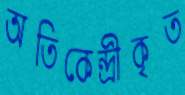
অতিকেন্দ্রীকৃত